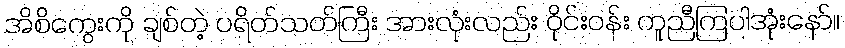
အိစိကွေးကို ချစ်တဲ့ ပရိတ်သတ်ကြီး အားလုံးလည်း ဝိုင်းဝန်း ကူညီကြပါအုံးနော်။